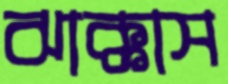
ঝাক্কাস